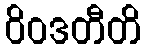
ဝိဝဒတီတိ